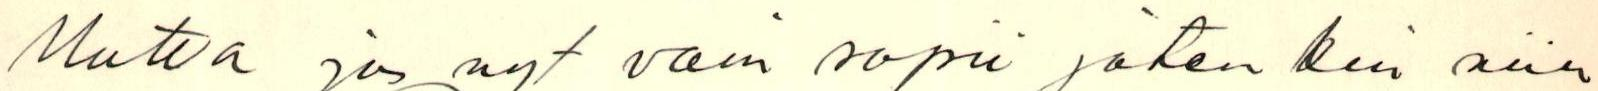
Mutta jos nyt vain sopii jotenkin niin